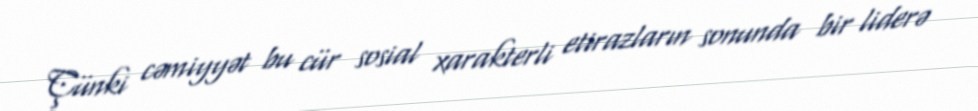
Çünki cəmiyyət bu cür sosial xarakterli etirazların sonunda bir liderə